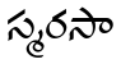
స్మరసా